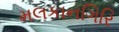
મલકાનગિરિ